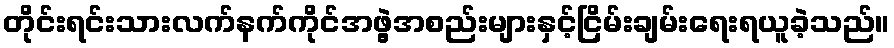
တိုင်းရင်းသားလက်နက်ကိုင်အဖွဲ့အစည်းများနှင့်ငြိမ်းချမ်းရေးရယူခဲ့သည်။